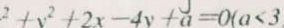
^ { 2 } + y ^ { 2 } + 2 x - 4 y + a = 0 ( a < 3